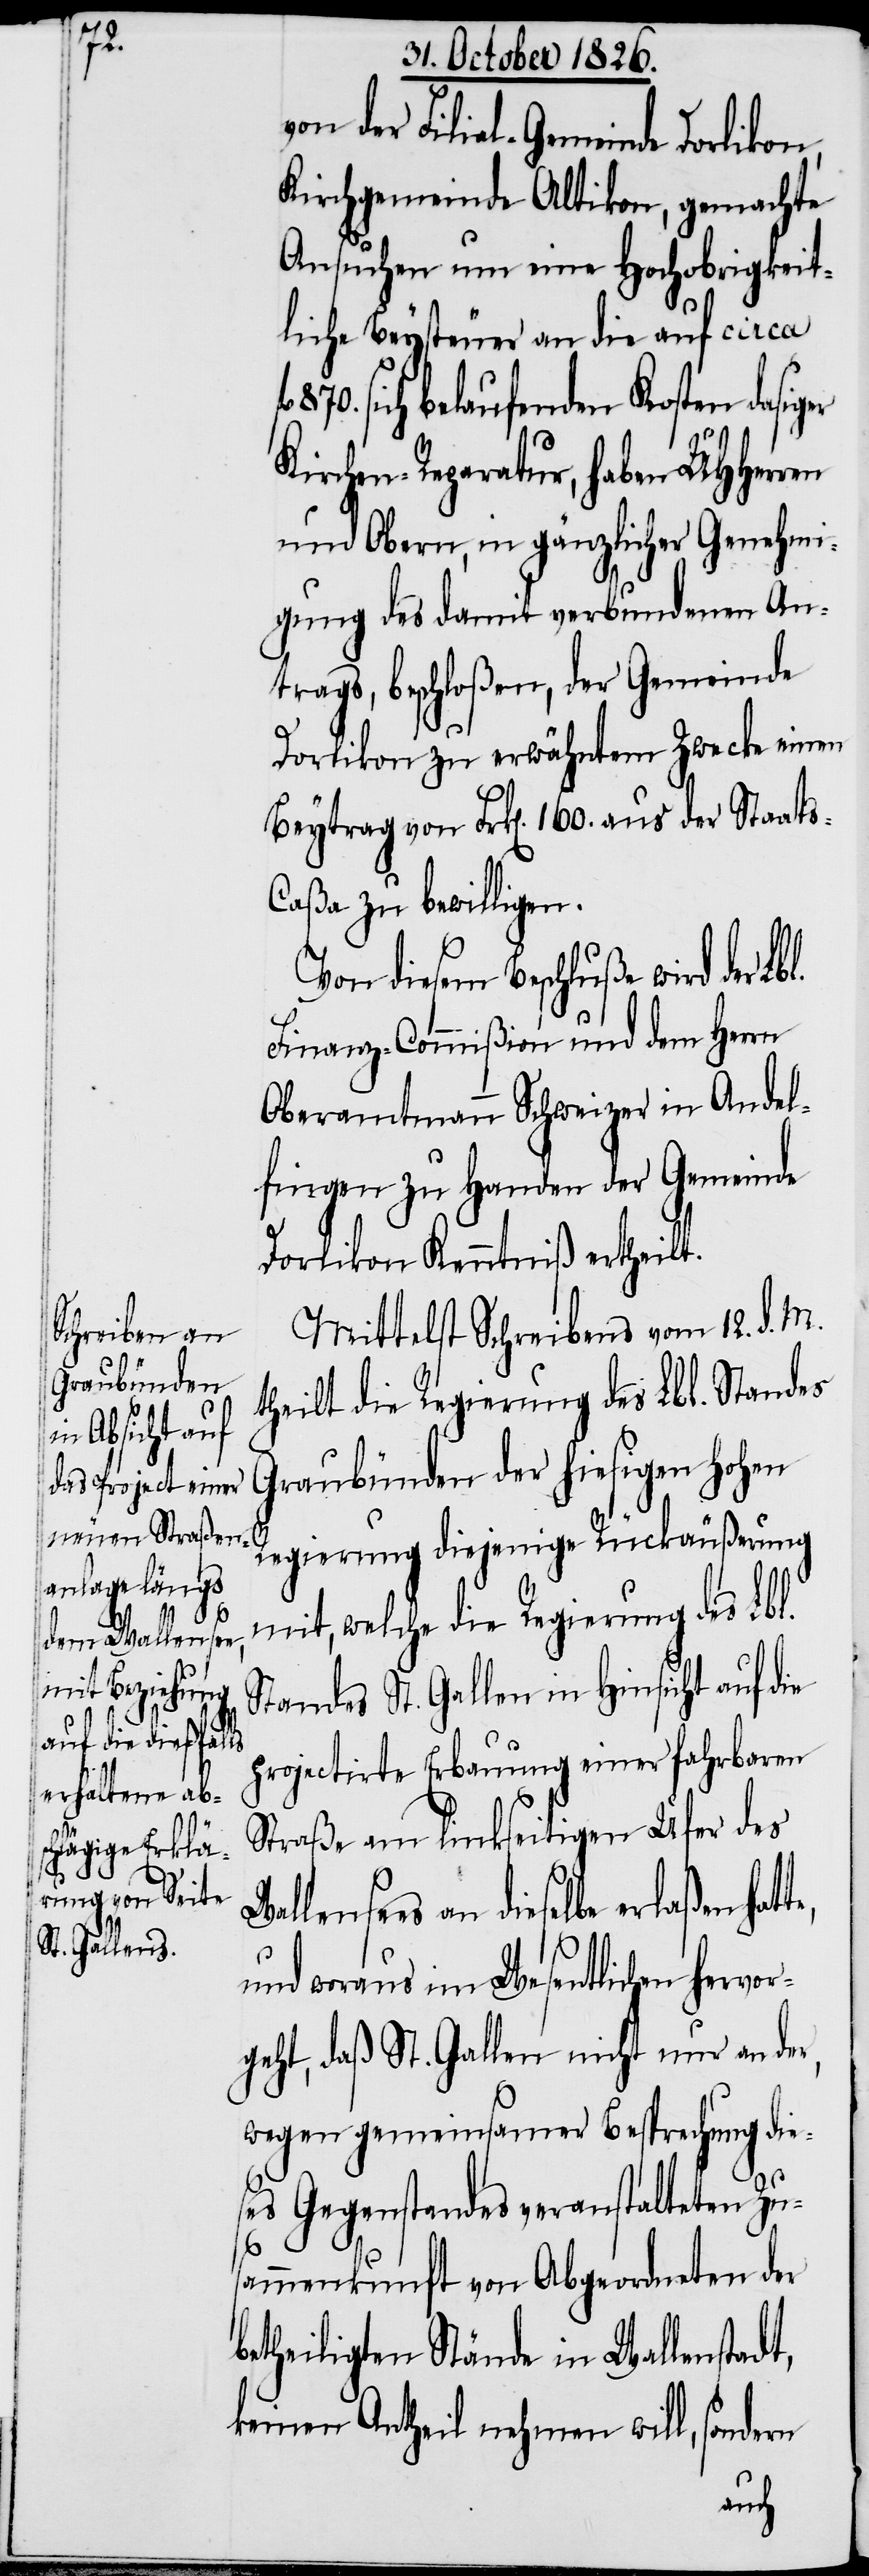
Wal¬

te,

von der Filial-Gemeinde Dorlikon,
Kirchgemeinde Altikon, gemachte
Ansuchen um eine Hochobrigkeit¬
liche Beysteuer an die auf circa
870. sich belaufenden Kosten dasig¬
Kirchen-Reparatur, haben UHHerren
und Obern, in gänzlicher Genehmi¬
gung des damit verbundenen An¬
trags, beschloßen, der Gemeinde
Dorlikon zu erwähntem Zwecke einen
Beytrag von Frk[en]. 160. aus der Staat¬
aßa zu bewilligen.
Von diesem Beschluße wird der Lb¬
Finanz-Commißion und dem Herrn
Oberamtmann Schweizer in Andel¬
fingen zu Handen der Gemeinde
Dorlikon Kenntniß ertheilt.
Mittelst Schreibens vom 12. d. M.
theilt die Regierung des Lbl. Standes
Graubünden der hiesigen hohen
Regierung diejenige Rückäußerung
mit, welche die Regierung des Lbl.
Standes St. Gallen in Hinsicht auf die
projectirte Erbauung einer fahrbaren
Straße am linkseitigen Ufer des
lensees an dieselbe erlaßen hat¬
und woraus im Wesentlichen hervor¬
geht, daß St. Gallen nicht nur an der,
wegen gemeinsamer Besprechung die¬
ses Gegenstandes veranstalteten Zu¬
sammenkunft von Abgeordneten der
betheiligten Stände in Wallenstadt,
keinen Antheil nehmen will, sondern